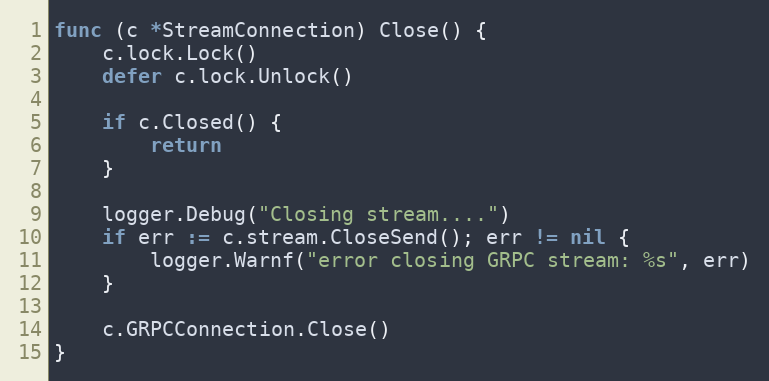
Language: Go
func (c *StreamConnection) Close() {
	c.lock.Lock()
	defer c.lock.Unlock()

	if c.Closed() {
		return
	}

	logger.Debug("Closing stream....")
	if err := c.stream.CloseSend(); err != nil {
		logger.Warnf("error closing GRPC stream: %s", err)
	}

	c.GRPCConnection.Close()
}